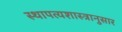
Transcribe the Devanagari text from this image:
स्थापत्यशास्त्रानुसार